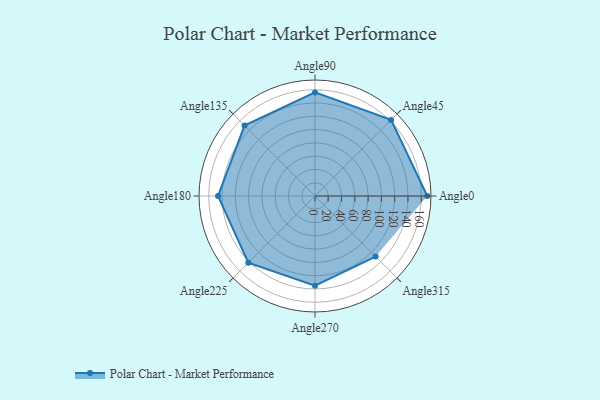
{"axis": {"x": "Angle", "y": "Radius"}, "legend": [""], "data": [{"x": "Angle0", "y": 169.0, "type": ""}, {"x": "Angle45", "y": 162.0, "type": ""}, {"x": "Angle90", "y": 156.0, "type": ""}, {"x": "Angle135", "y": 150.0, "type": ""}, {"x": "Angle180", "y": 146.0, "type": ""}, {"x": "Angle225", "y": 142.0, "type": ""}, {"x": "Angle270", "y": 135.0, "type": ""}, {"x": "Angle315", "y": 129.0, "type": ""}]}